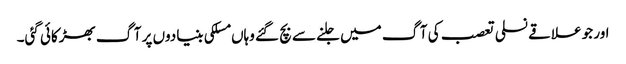
اور جو علاقے نسلی تعصب کی آگ میں جلنے سے بچ گئے وہاں مسلکی بنیادوں پر آگ بھڑکائی گئی۔